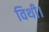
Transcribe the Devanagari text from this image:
विथी।